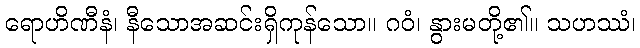
ရောဟိဏီနံ၊ နီသောအဆင်းရှိကုန်သော။ ဂဝံ၊ နွားမတို့၏။ သဟဿံ၊